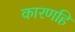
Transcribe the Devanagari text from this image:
कारणहि